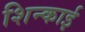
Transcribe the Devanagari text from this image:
शिन्काई